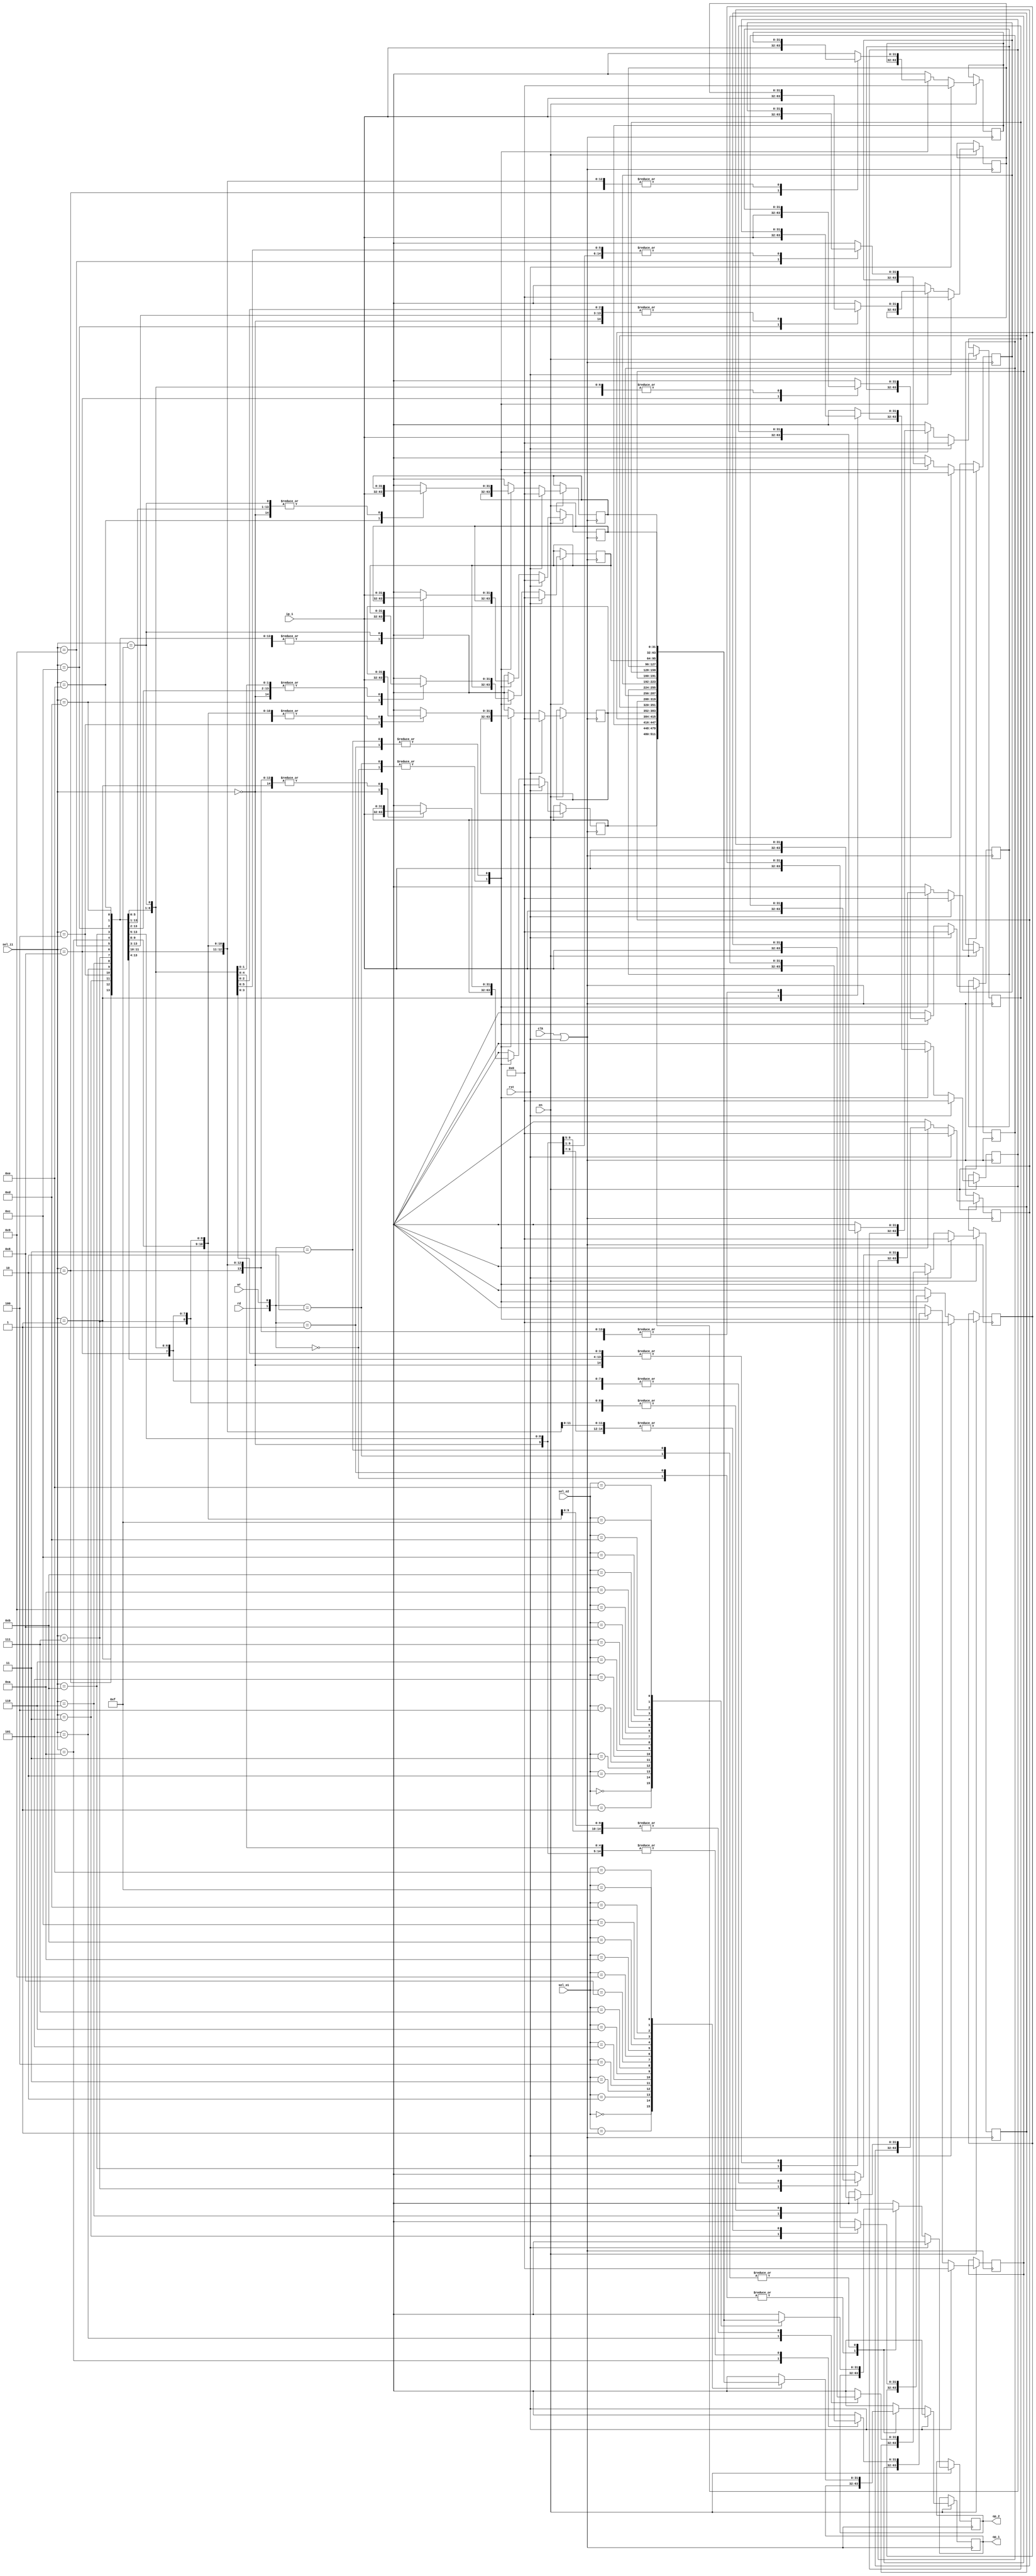
//////////////////////////////////////////////////////////////////////////////////
// Company: NACM
// 
// Design Name: 31 bit register file with both read and write operations
// Module Name: reg_file
// Project Name: 1 bit register file with both read and write operations
// Target Devices: 
// Tool Versions: 
// Description: 
// 
// Dependencies: 
// 
// Revision:
// Revision 0.01 - File Created
// Additional Comments:
// 
//////////////////////////////////////////////////////////////////////////////////

`timescale 1ns / 1ps
module reg_file
(ip_1,sel_i1,sel_o1,sel_o2,
clk,en,rd,rst,wr,
op_1,op_2);
    input [31:0]ip_1;
    input [3:0] sel_i1,sel_o1,sel_o2;
    input clk,en,rd,rst,wr;
    output reg [31:0]op_1;
    output reg [31:0]op_2;
    
    //Creation of 16 32 bit registers//
    reg [31:0]register [0:15];
    
    integer i;
    wire sen;
    
    assign sen= clk||rst;
    
    //device is active only if enable is 1
    
    always@(posedge sen)
    
    begin
    
    if(en==1)
    begin
    
    if(rst==1)
    begin 
    for(i=0;i<16;i=i+1)
    begin
    register[i]=32'h0; 
   end
    op_1=32'hx;
    op_2=32'hx;
    end
    
    else if(rst==0) //if not at reset
    begin
 //BEGINING OF CASE STATEMENT//   
    case({rd,wr})

    //no operation if both wr,rd are 0
    2'b00:begin 
    end
    
    //if write =1 data should be loaded to register
    2'b01: begin
    register[sel_i1]=ip_1; end
    
    //if read=1 data should be read from register files
    2'b10: begin
    op_1 = register[sel_o1];
    op_2 = register[sel_o2];
    end
    
    //if both read and write are 1
    2'b11: begin
    op_1 = register[sel_o1];
    op_2 = register[sel_o2];
    register[sel_i1]=ip_1;
    end
    endcase
//ENDING OF CASE STATEMENT//
    end
    
    else;
    end
    else;
        
    end
endmodule